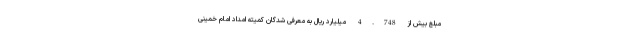
مبلغ بیش از 4.748 میلیارد ریال به معرفی شدگان کمیته امداد امام خمینی